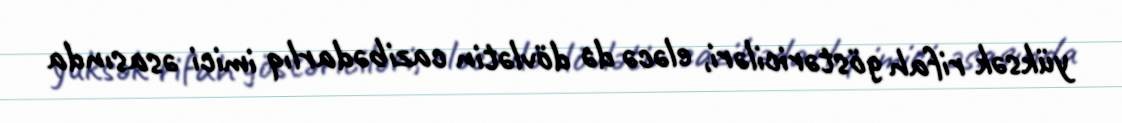
yüksək rifah göstəriciləri, eləcə də dövlətin cazibədarlıq imici əsasında